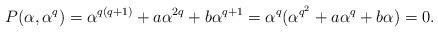
LaTeX: \begin{align*}P(\alpha, \alpha^q)=\alpha^{q(q+1)}+a\alpha^{2q}+b\alpha^{q+1}=\alpha^q(\alpha^{q^2}+a\alpha^{q}+b\alpha)=0.\end{align*}